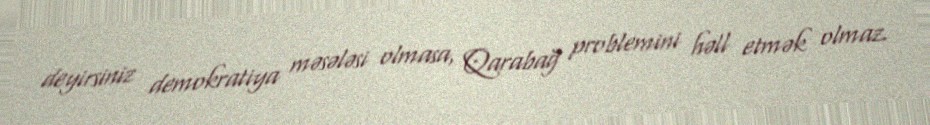
deyirsiniz demokratiya məsələsi olmasa, Qarabağ problemini həll etmək olmaz.